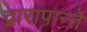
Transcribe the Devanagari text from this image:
द्वारापान्ते